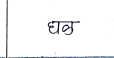
मजकूर: घळ